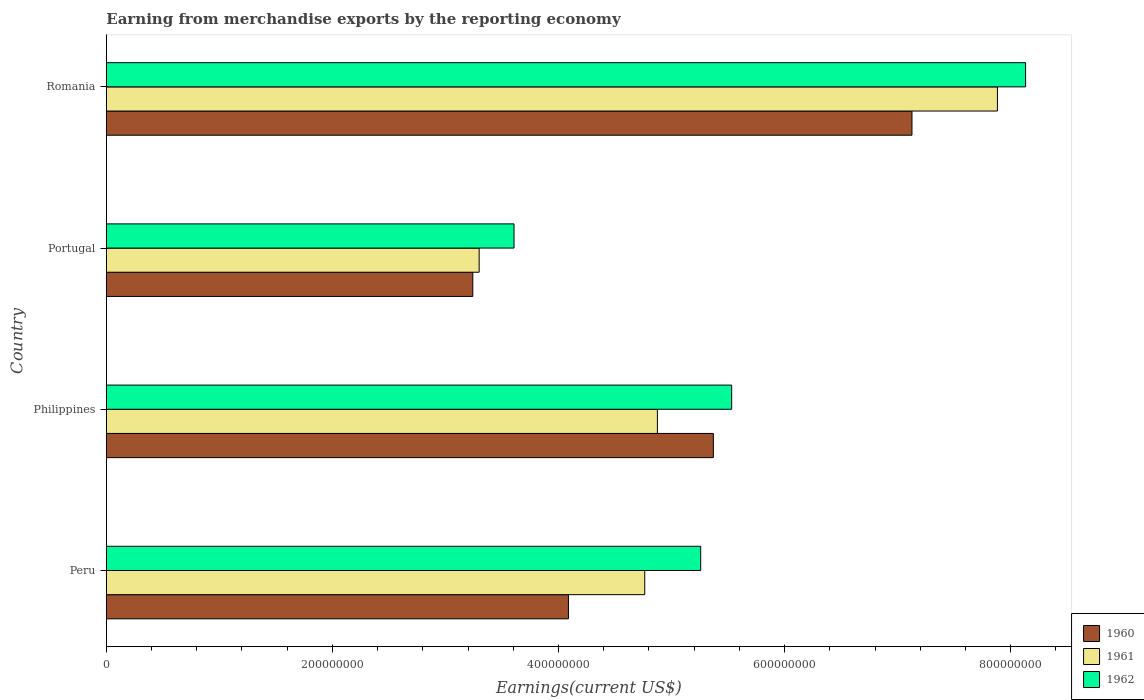
| Country | 1960 | 1961 | 1962 |
 | --- | --- | --- | --- |
 | Peru | 4.09e+08 | 4.76e+08 | 5.26e+08 |
 | Philippines | 5.37e+08 | 4.88e+08 | 5.53e+08 |
 | Portugal | 3.24e+08 | 3.3e+08 | 3.61e+08 |
 | Romania | 7.13e+08 | 7.88e+08 | 8.13e+08 |